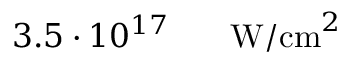
3 . 5 \cdot 1 0 ^ { 1 7 } \ensuremath { \mathrm { ~ \textrm ~ { ~ \, ~ } ~ } } \ensuremath { \mathrm { W / c m } } ^ { 2 }